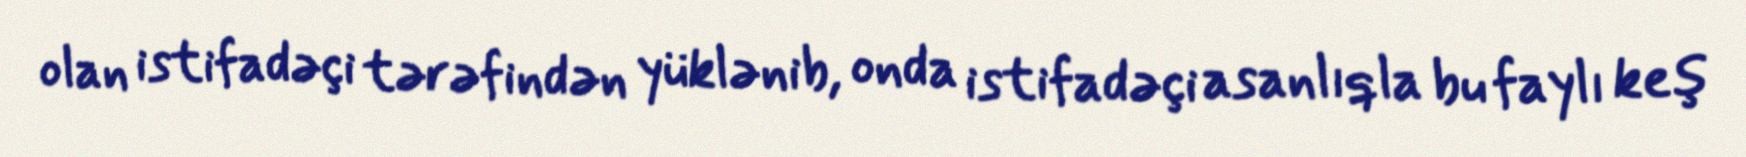
olan istifadəçi tərəfindən yüklənib, onda istifadəçi asanlıqla bu faylı keş